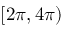
[ 2 \pi , 4 \pi )